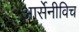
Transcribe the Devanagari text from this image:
आर्सेनीविच